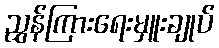
ညွှန်ကြားရေးမှူးချုပ်